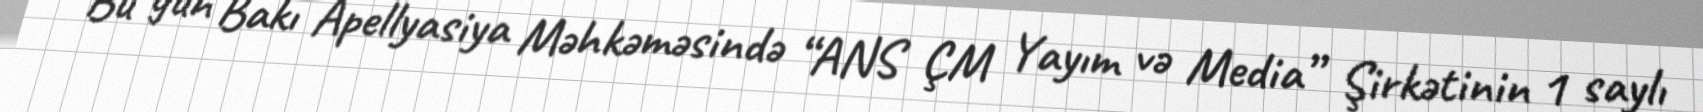
Bu gün Bakı Apellyasiya Məhkəməsində “ANS ÇM Yayım və Media” Şirkətinin 1 saylı